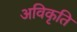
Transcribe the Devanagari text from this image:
अविकृति